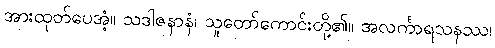
အားထုတ်ပေအံ့။ သဒါဇနာနံ၊ သူတော်ကောင်းတို့၏။ အလင်္ကာရသနဿ၊